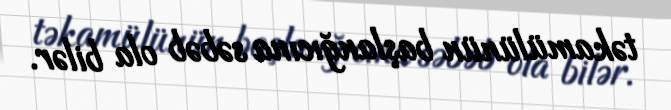
təkamülünün başlanğıcına səbəb ola bilər.